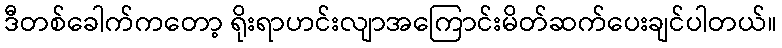
ဒီတစ်ခေါက်ကတော့ ရိုးရာဟင်းလျာအကြောင်းမိတ်ဆက်ပေးချင်ပါတယ်။